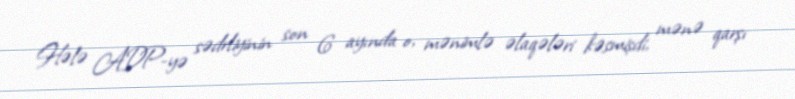
Hələ ADP-yə sədrliyinin son 6 ayında o, mənimlə əlaqələri kəsmişdi, mənə qarşı